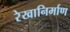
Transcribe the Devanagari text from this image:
रेखानिर्माण